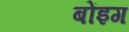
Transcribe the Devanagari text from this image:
बोंइग